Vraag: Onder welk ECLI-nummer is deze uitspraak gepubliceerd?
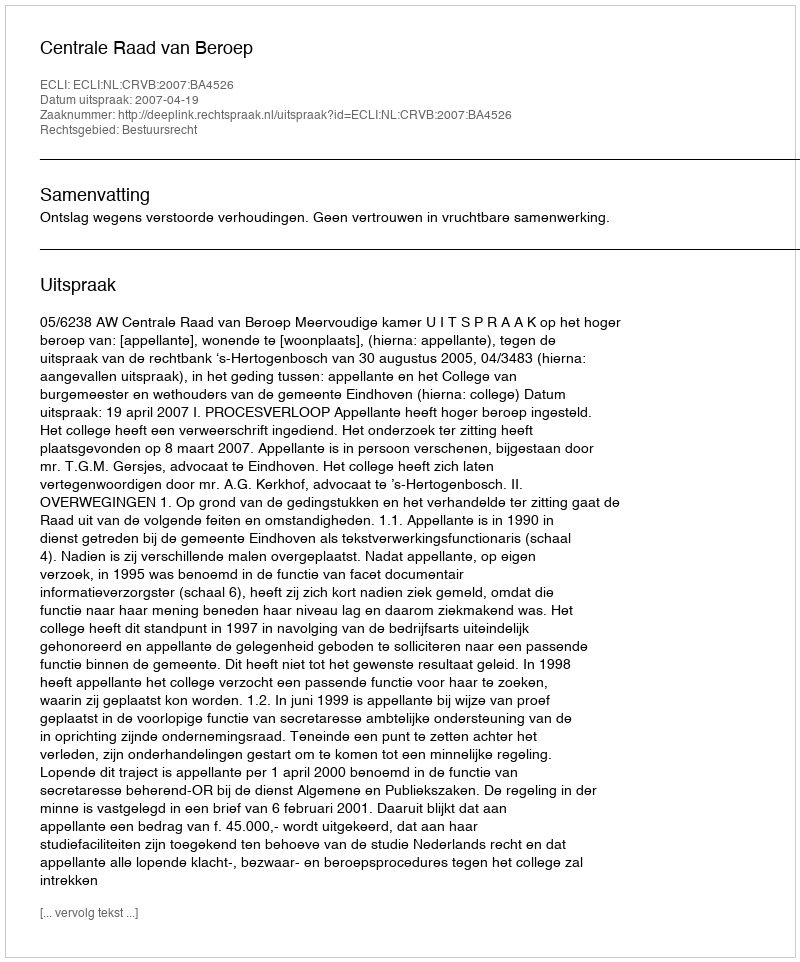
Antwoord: ECLI:NL:CRVB:2007:BA4526